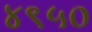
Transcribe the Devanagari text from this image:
४९५०